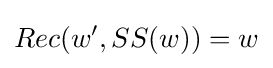
Rec(w',SS(w))=w